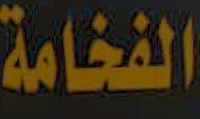
الفخامة